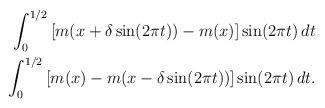
LaTeX: \begin{align*}\begin{aligned} \int_{0}^{1/2}\left[m(x +\delta\sin(2\pi t))- m(x)\right]\sin(2\pi t)\,dt \\ \int_{0}^{1/2}\left[m(x)-m( x-\delta\sin(2\pi t)) \right]\sin(2\pi t)\,dt.\end{aligned}\end{align*}